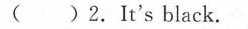
( )2.It's black.